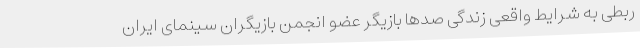
ربطی به شرایط واقعی زندگی صدها بازیگر عضو انجمن بازیگران سینمای ایران